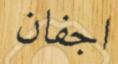
اجفان